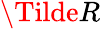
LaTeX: \Tilde{R}